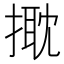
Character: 𢲠